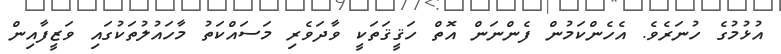
އުޅުމުގެ ހުނަރެވެ. އެހެންކަމުން ފެންނަން އޮތް ހަޤީޤަތަކީ ވާދަވެރި މަސައްކަތު މާހައުލުތަކުގައި ވަޒީފާއިން